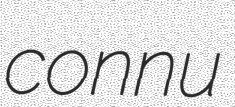
connu